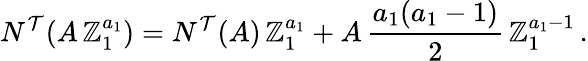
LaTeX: N^{\mathcal{T}}(A\, \mathbb{Z}_{1}^{a_{1}})=N^{\mathcal{T}}(A)\, \mathbb{Z}_{1}^{a_{1}}+A\, {\frac{{a_{1}(a_{1}-1)}}{{2}}}\, \mathbb{Z}_{1}^{a_{1}-1}\, .